Medical and sanitary report of the native army of Bengal for the year
Year: 1874
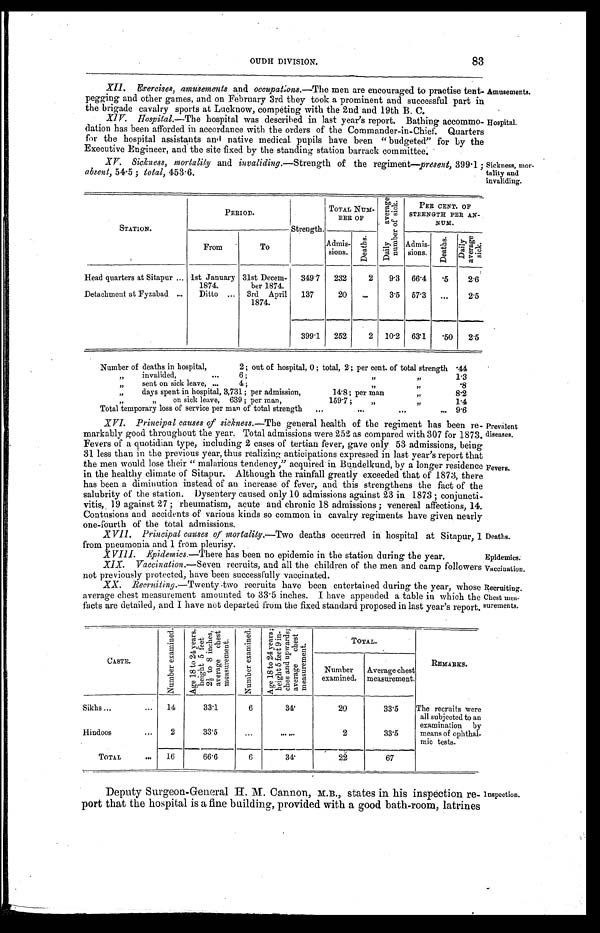
Amusements.
Hospital.
Deaths.
Epidemics.
Vaccination.
Recruiting.
Chest mea
-surements.
83
OUDH DIVISION.
XII. Exercises, amusements and occupations.—The men are encouraged to practise tent
-pegging and other games, and on February 3rd they took a prominent and successful part in
the brigade cavalry sports at Lucknow, competing with the 2nd and 19th B. C.
XIV. Hospital—The hospital was described in last year's report. Bathing accommo-
dation has been afforded in accordance with the orders of the Commander-in-Chief. Quarters
for the hospital assistants and native medical pupils have been "budgeted" for by the
Executive Engineer, and the site fixed by the standing station barrack committee.
XV. Sickness, mortality and invaliding.— Strength of the regiment—present, 399.1;
absent, 54.5; total, 453.6.
Sickness, mor
-tality and
invaliding.
STATION.
PERIOD.
Strength.
TOTAL NUM-
BER OF
D a i l y a v e r a g e n u m b e r o f s i c k .
PER CENT OF
STRENGTH PER AN-
NUM.
From
To
Admis-
sions.
D e a t h s .
A d m i s - s i o n s .
D e a t h s . Dai l y average si ck.
Head quarters at Sitapur . . . 1st January
1874.
31st Decem-
ber 1874.
349 .7
232
2
9.3
66.4
. 5
2.6
Detachment at Fyzabad
. . .
Ditto
. . .
3rd April
1874.
137
20
. . .
3.5 57.3
. . .
2.5
399.1
252
2 10.2 63.1
. 5 0 2.5
Number of deaths in hospital, 2; out of hospital, 0; total, 2; per cent of total strength .44
" invalided,
.
.
.
6;
"
"
1.3
" sent on sick leave, . . . 4; "
. . .
.8
"
days spent in hospital, 3,731; per admission,
14.8; per man "
8.2
" on si ck leave, 639; per man, 159.7; " " . . .
1.4
Total temporary loss of service per man of total strength . . . 9.6
XVI. Principal causes of sickness.— The general health of the regiment has been re
-markably good throughout the year. Total admissions were 252 as compared with 307 for 1873.
Fevers of a quotidian type, including 2 cases of tertian fever, gave only 53 admissions, being
31 less than in the previous year, thus realizing anticipations expressed in last year's report that
the men would lose their "malarious tendency," acquired in Bundelkund, by a longer residence
in the healthy climate of Sitapur. Although the rainfall greatly exceeded that of 1873, there
has been a diminution instead of an increase of fever, and this strengthens the fact of the
salubrity of the station. Dysentery caused only 10 admissions against 23 in 1873; conjuncti-
vitis, , 19 against 27; rheumatism, acute and chronic 18 admissions; venereal affections, 14.
Contusions and accidents of various kinds so common in cavalry regiments have given nearly
one-fourth of the total admissions.
XVII. Principal causes of mortality.—Two deaths occurred in hospital at Sitapur, 1
from pneumonia and 1 from pleurisy.
Prevalent
diseases,
Fevers.
XVIII. Epidemics.— There has been no epidemic in the station during the year.
XIX. Vaccination.— Seven recruits, and all the children of the men and camp followers
not previously protected, have been successfully vaccinated.
XX. Recruting—Twenty two recruits have been entertained during the year, whose
average chest measurement amounted to 33.5 inches. I have appended a table in which the
facts are detailed, and I have not departed from the fixed standard proposed in last year's report.
CASTE.
N u m b e r e x a m i n e d .
A g e 1 8 t o 2 4 y e a r s . h e i g h t 5 f e e t 2 ½ t o 8 i n c h e s , a v e r a g e c h e s t m e a s u r e m e n t .
N u m b e r e x a m i n e d .
A g e 1 8 t o 2 4 y e a r s h e i g h t 5 f e e t 9 i n - c h e s a n d u p w a r d s a v e r a g e c h e s t me a s u r e me n t .
TOTAL.
REMARKS..
Number
examined.
Average chest
measurement.
Sikhs . . .
14
33.1
6
3 4 .
20
33.5
The recruits were
all subjected to an
examination by
means of ophthal
-mic tests.
Hindoos . . .
2
33.5
. . .
. . .
2
33.5
TOTAL
. . .
16
6 6 . 6
6
3 4 .
2 2
67
Deputy Surgeon-General H. M. Cannon, M.B., states in his inspection re-
port that the hospital is a fine building, provided with a good bath-room, latrines
Inspection.